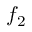
f _ { 2 }